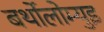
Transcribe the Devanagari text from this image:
बर्थोलोम्युइ